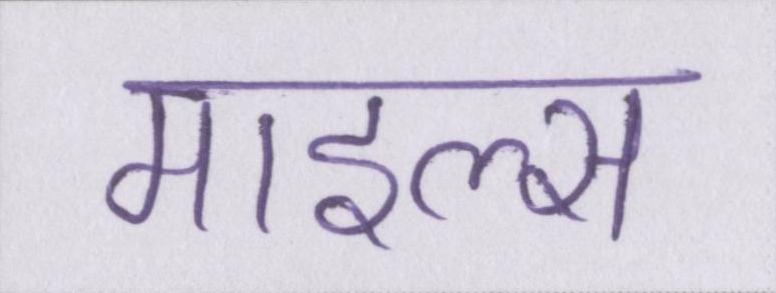
माइल्स